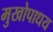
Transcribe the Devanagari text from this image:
मुखोपाधय